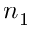
n _ { 1 }